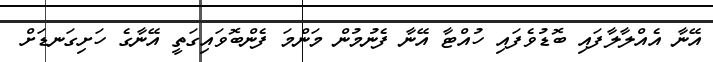
އޭނާ އެއްލާލާފައި ބޮޑުވެފައި ހުއްޓާ އޭނާ ފެނުމުން މަންމަ ފެންބޮވައިގަތީ އޭނާގެ ހަށިގަނޑަށް